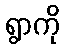
ရွာကို